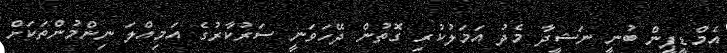
އެމްޑީޕީން ބުނީ ނަޝީދާ މެދު އަމަލުކުރި ގޮތުން ދޭހަވަނީ ސަރުކާރުގެ އަމިއްލަ ނިންމުންތަކަށް